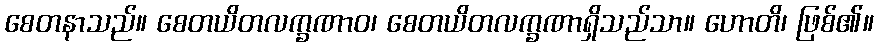
စေတနာသည်။ စေတယိတလက္ခဏာဝ၊ စေတယိတလက္ခဏာရှိသည်သာ။ ဟောတိ၊ ဖြစ်၏။